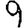
Digit: 9